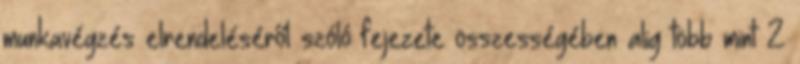
munkavégzés elrendeléséről szóló fejezete összességében alig több mint 2